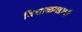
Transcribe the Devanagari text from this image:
विशाळगडाची